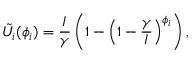
\tilde { U _ { i } } ( \phi _ { i } ) = \frac { I } { \gamma } \left( 1 - \left( 1 - \frac { \gamma } { I } \right) ^ { \phi _ { i } } \right) ,